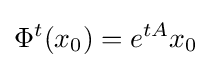
\Phi ^{t}(x_{0})=e^{tA}x_{0}